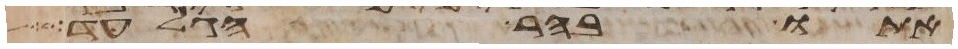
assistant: אתו בהר הגלעד